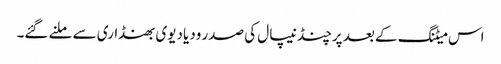
اس میٹنگ کے بعد پرچنڈ نیپال کی صدر ودیا دیوی بھنڈاری سے ملنے گئے۔